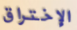
الإختراق